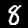
Digit: 8